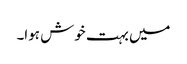
میں بہت خوش ہوا۔